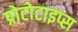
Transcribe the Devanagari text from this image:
प्रोटोटाइप्स